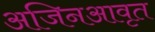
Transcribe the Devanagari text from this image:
अजिनआवृत